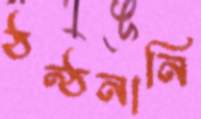
ঠন্‌ঠনানি